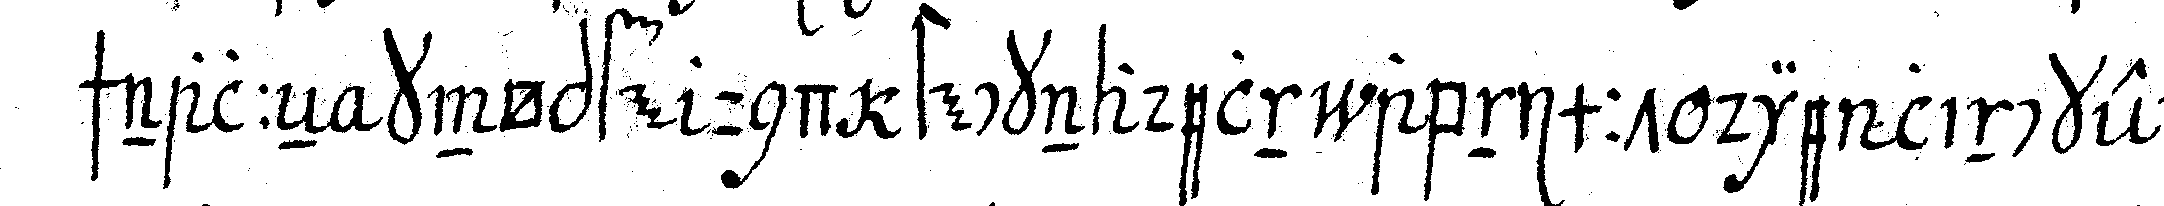
schnalleN knöpfe und stecknadeln abnimmt die lincke